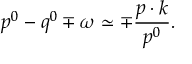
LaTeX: p ^ { 0 } - q ^ { 0 } \mp \omega \simeq \mp \frac { p \cdot k } { p ^ { 0 } } .